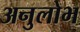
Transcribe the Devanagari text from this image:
अनुलोभ